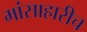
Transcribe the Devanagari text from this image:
मांसाहारीच